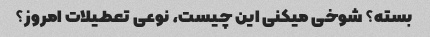
بسته؟ شوخی میکنی این چیست، نوعی تعطیلات امروز؟